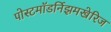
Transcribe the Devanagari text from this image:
पोस्टमॉडर्निझमखेरिज